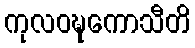
ကုလဝဍ္ဎကောသီတိ